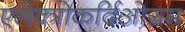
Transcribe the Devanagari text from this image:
एलेक्त्रोकर्दिओग्रम